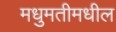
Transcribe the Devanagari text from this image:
मधुमतीमधील